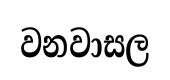
වනවාසල